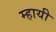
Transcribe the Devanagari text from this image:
म्हायी